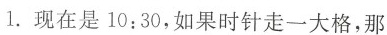
1.现在是10:30，如果时针走一大格，那